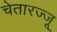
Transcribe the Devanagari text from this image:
चेतारज्जू